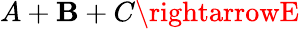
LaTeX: A+\mathbf{B}+C\rightarrowE